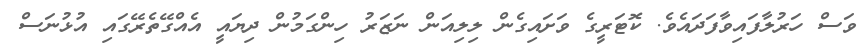
ވަސް ހަރުލާފައިވާފަދައެވެ. ކޮޓަރީގެ ވަށައިގެން ލިލިއަން ނަޒަރު ހިންގަމުން ދިޔައީ އެއްގޭތެރޭގައި އުޅުނަސް